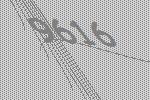
9616